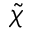
\Tilde { \chi }